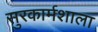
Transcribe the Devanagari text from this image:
सुरकार्मशाला